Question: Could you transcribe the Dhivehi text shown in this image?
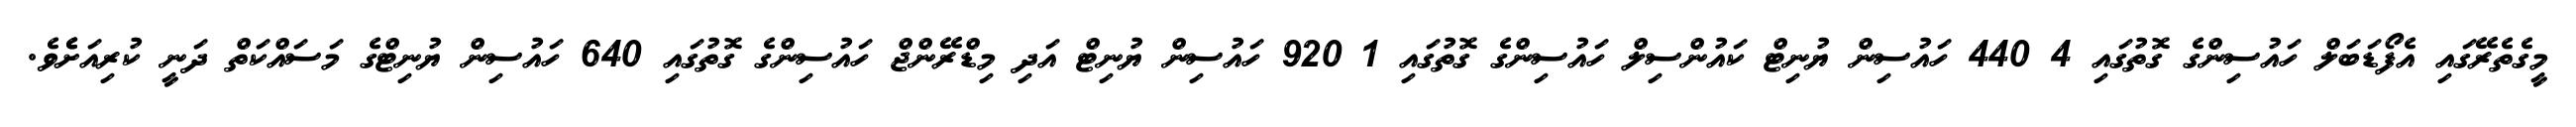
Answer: މީގެތެރޭގައި އެފޯޑަބަލް ހައުސިންގެ ގޮތުގައި 4 440 ހައުސިން ޔުނިޓް ކައުންސިލް ހައުސިންގެ ގޮތުގައި 1 920 ހައުސިން ޔުނިޓް އަދި މިޑްރޭންޖް ހައުސިންގެ ގޮތުގައި 640 ހައުސިން ޔުނިޓްގެ މަސައްކަތް ދަނީ ކުރިއަށެެވެ.